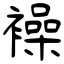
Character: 襙